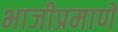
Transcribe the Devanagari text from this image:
भाजीप्रमाणे